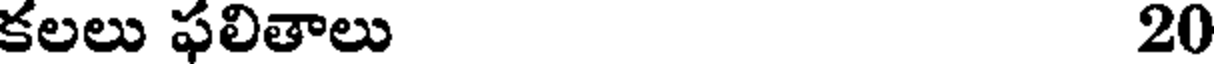
కలలు ఫలితాలు 20